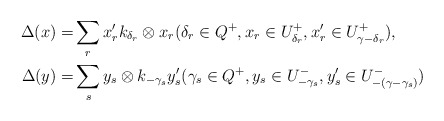
\begin{align*}\Delta(x)=&\sum_r x'_rk_{\delta_r}\otimes x_r(\delta_r\in Q^+, x_r\in U^+_{\delta_r}, x'_r\in U^+_{\gamma-\delta_r}),\\\Delta(y)=&\sum_s y_s\otimes k_{-\gamma_s}y'_s(\gamma_s\in Q^+, y_s\in U^-_{-\gamma_s}, y'_s\in U^-_{-(\gamma-\gamma_s)})\end{align*}